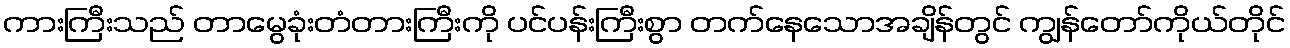
ကားကြီးသည် တာမွေခုံးတံတားကြီးကို ပင်ပန်းကြီးစွာ တက်နေသောအချိန်တွင် ကျွန်တော်ကိုယ်တိုင်